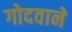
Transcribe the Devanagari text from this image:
गोदवाने